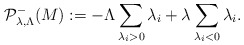
\begin{align*}\mathcal{P}^-_{\lambda,\Lambda}(M):=-\Lambda\sum_{\lambda_i>0}\lambda_i+\lambda\sum_{\lambda_i<0}\lambda_i.\end{align*}